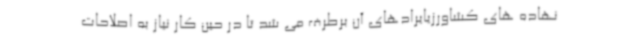
نهاده های کشاورزیایرادهای آن برطرف می شد تا در حین کار نیاز به اصلاحات